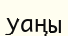
уаңы